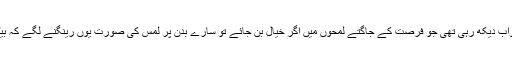
اس رات بھی وہ ایک ایسا ہی خواب دیکھ رہی تھی جو فرصت کے جاگتے لمحوں میں اگر خیال بن جائے تو سارے بدن پر لمس کی صورت یوں رینگنے لگے کہ بیٹھے بیٹھے جھرجھری آ جائے۔